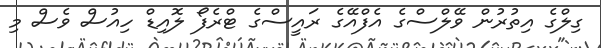
ގިލްގެ އިތުރުން ވޭލްސްގެ އެފްއޭގެ ރައީސްގެ ޓްރެފޯ ލޮއިޑް ހިއުސް ވެސް މި